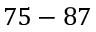
7 5 - 8 7